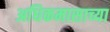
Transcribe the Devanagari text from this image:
अधिकमासाच्या